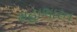
મહાભારત